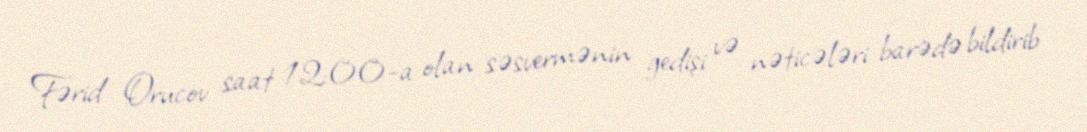
Fərid Orucov saat 12:00-a olan səsvermənin gedişi və nəticələri barədə bildirib